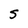
Character: S